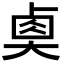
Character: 𡙉